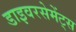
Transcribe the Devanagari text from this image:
डाइवरसेमेंट्स